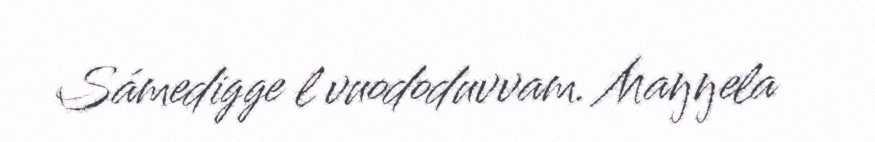
Sámedigge l vuododuvvam. Maŋŋela